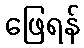
ဖြေရန်